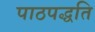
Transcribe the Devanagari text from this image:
पाठपद्धति